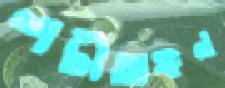
শচীঅঙ্গন